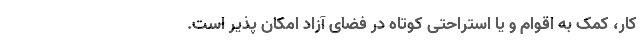
کار، کمک به اقوام و یا استراحتی کوتاه در فضای آزاد امکان پذیر است.